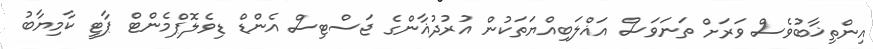
އިންތިޚާބުވެސް ވަރަށް ތަނަވަސް އަޣްލަބިއްޔަތަކުން އުރުދުޣާންގެ ޖަސްޓިސް އެންޑް ޑިވެލޮޕްމެންޓް ޕާޓީ ކާމިޔާބު